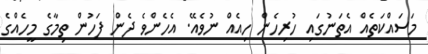
މަސައްކަތެއް އެތަނުގައި ހުރިހެން ހިއެއް ނުވެއޭ. އެހެންވެ ދެން ފަހުން ތިމާގެ މީހެއްގެ